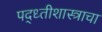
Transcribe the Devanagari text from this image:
पद्ध्तीशास्त्राचा